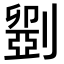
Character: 𠠇